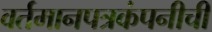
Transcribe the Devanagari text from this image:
वर्तमानपत्रकंपनीची